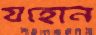
যহোন